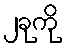
၂ခုကို